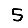
Digit: 5